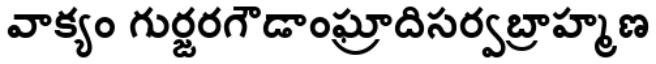
వాక్యం గుర్జరగౌడాంఘ్రాదిసర్వబ్రాహ్మణ